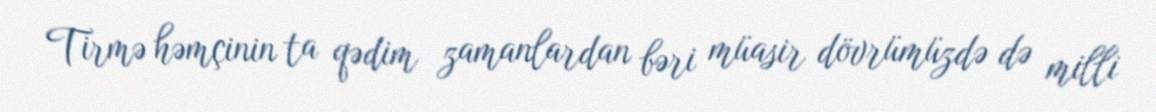
Tirmə həmçinin ta qədim zamanlardan bəri müasir dövrümüzdə də milli